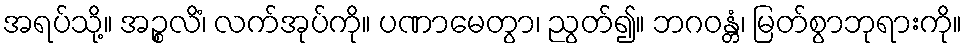
အရပ်သို့။ အဉ္စလိံ၊ လက်အုပ်ကို။ ပဏာမေတွာ၊ ညွတ်၍။ ဘဂဝန္တံ၊ မြတ်စွာဘုရားကို။